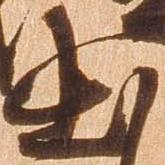
出